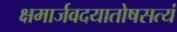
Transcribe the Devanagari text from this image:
क्षमार्जवदयातोषसत्यं